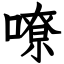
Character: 嘹